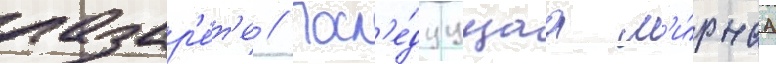
лазар'е́т'е // Посл'е́дуущаа м'и́рнаа